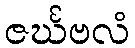
ဇင်္ဃဗလံ